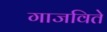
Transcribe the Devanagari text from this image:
गाजविते